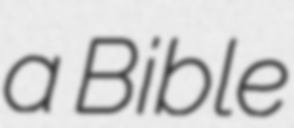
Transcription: a Bible